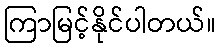
ကြာမြင့်နိုင်ပါတယ်။